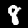
Label: 8